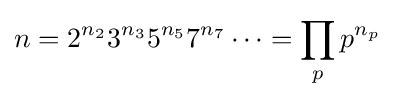
n=2^{n_{2}}3^{n_{3}}5^{n_{5}}7^{n_{7}}\cdots =\prod _{p}p^{n_{p}}